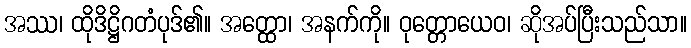
အဿ၊ ထိုဒိဋ္ဌိဂတံပုဒ်၏။ အတ္ထော၊ အနက်ကို။ ဝုတ္တောယေဝ၊ ဆိုအပ်ပြီးသည်သာ။